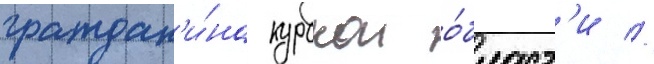
граждан'и́на курскои о́бласт'и //